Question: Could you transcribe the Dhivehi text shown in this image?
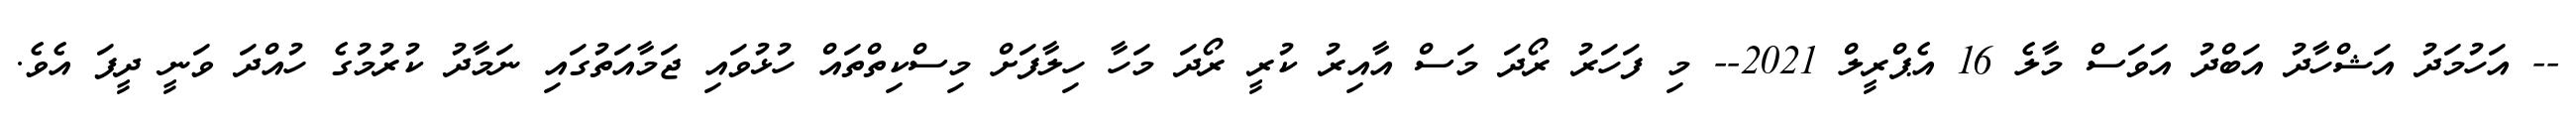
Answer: -- އަހުމަދު އަޝްހާދު އަބްދު އަވަސް މާލެ 16 އެޕްރީލް 2021-- މި ފަހަރު ރޯދަ މަސް އާއިރު ކުރީ ރޯދަ މަހާ ހިލާފަށް މިސްކިތްތައް ހުޅުވައި ޖަމާއަތުގައި ނަމާދު ކުރުމުގެ ހުއްދަ ވަނީ ދީފަ އެވެ.